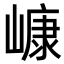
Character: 嵻